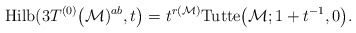
\begin{gather*}{\rm Hilb}(3T^{(0)}\big({\cal{M}})^{ab},t\big)= t^{r({\cal{M}})} {\rm Tutte}\big({\cal{M}}; 1+t^{-1},0\big).\end{gather*}